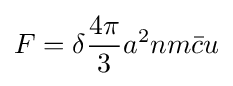
F=\delta {\frac {4\pi }{3}}a^{2}nm{\bar {c}}u